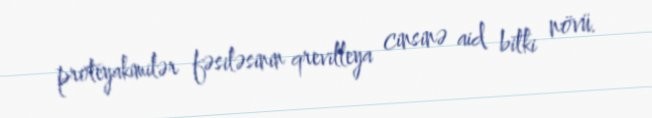
proteyakimilər fəsiləsinin qrevilleya cinsinə aid bitki növü.